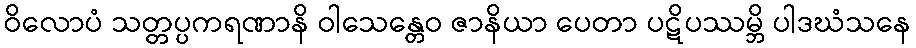
ဝိလောပံ သတ္တပ္ပကရဏာနိ ဝါသေန္တေဝ ဇာနိယာ ပေတာ ပဋိပဿမ္ဘိ ပါဒဃံသနေ